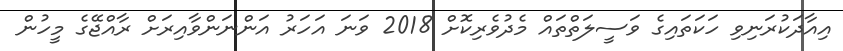
އިއާދަކުރަނިވި ހަކަތައިގެ ވަސީލަތްތައް މެދުވެރިކޮށް 2018 ވަނަ އަހަރު އަންނަންވާއިރަށް ރާއްޖޭގެ މީހުން